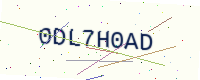
Text: 0DL7H0AD